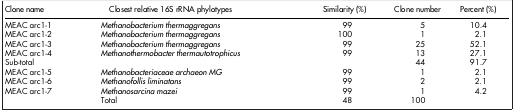
<table><thead><tr><td><b>Clone name</b></td><td><b>Closest relative 16S rRNA phylotypes</b></td><td><b>Similarity (%)</b></td><td><b>Clone number</b></td><td><b>Percent (%)</b></td></tr></thead><tbody><tr><td>MEAC arc1-1</td><td><i>Methanobacterium thermaggregans</i></td><td>99</td><td>5</td><td>10.4</td></tr><tr><td>MEAC arc1-2</td><td><i>Methanobacterium thermaggregans</i></td><td>100</td><td>1</td><td>2.1</td></tr><tr><td>MEAC arc1-3</td><td><i>Methanobacterium thermaggregans</i></td><td>99</td><td>25</td><td>52.1</td></tr><tr><td>MEAC arc1-4</td><td><i>Methanothermobacter thermautotrophicus</i></td><td>99</td><td>13</td><td>27.1</td></tr><tr><td>Sub-total</td><td> </td><td> </td><td>44</td><td>91.7</td></tr><tr><td>MEAC arc1-5</td><td><i>Methanobacteriaceae archaeon MG</i></td><td>99</td><td>1</td><td>2.1</td></tr><tr><td>MEAC arc1-6</td><td><i>Methanofollis liminatans</i></td><td>99</td><td>2</td><td>2.1</td></tr><tr><td>MEAC arc1-7</td><td><i>Methanosarcina mazei</i></td><td>99</td><td>1</td><td>4.2</td></tr><tr><td> </td><td>Total</td><td>48</td><td>100</td><td> </td></tr></tbody></table>